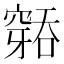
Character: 𮄐